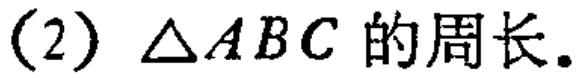
(2) \(\triangle ABC\)的周长.